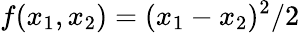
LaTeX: f(x_{1},x_{2})=(x_{1}-x_{2})^{2}/2